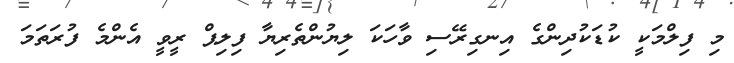
މި ފިލްމަކީ ކުޑަކުދިންގެ އިނގިރޭސި ވާހަކަ ލިޔުންތެރިޔާ ފިލިޕް ރީވީ އެންމެ ފުރަތަމަ